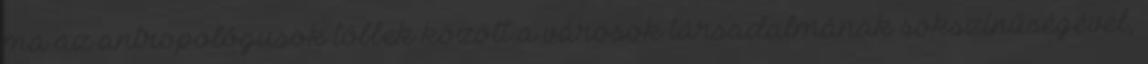
ma az antropológusok többek között a városok társadalmának sokszínűségével,